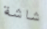
شاشة